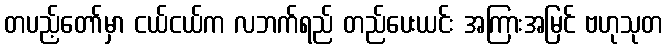
တပည့်တော်မှာ ငယ်ငယ်က လဘက်ရည် တည်ပေးယင်း အကြားအမြင် ဗဟုသုတ